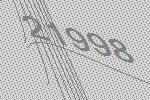
21998